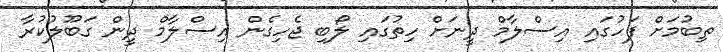
ތިބުމަށް ފަހުގައި އިސްލާމް ދީނަށް ހިތުގައި ލޯބި ޖެހިގެން އިސްލާމް ދީން ގަބޫލުކުރާ